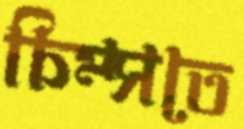
চিম্‌সতে